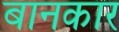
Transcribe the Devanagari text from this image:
बानकार